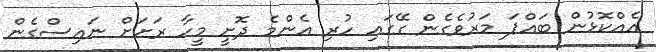
އެއްކޮޅުން ބައްޕަ މަރުވެގެން ގޭގައި ހުރި އެންމެ ދޮށީ މީހާ ރަށަށް ނައިސްގެން